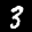
Label: 3